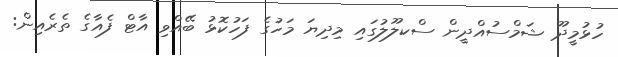
ހުޅުމީދޫ ޝަމްސުއްދީން ސްކލޫލުގައި މިދިޔަ މަހުގެ ފަހުކޮޅު ބޭއްވި އާޓް ފެއާގެ ތެރެއިން: